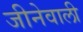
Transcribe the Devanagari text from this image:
जीनेवाली